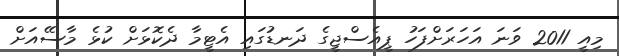
މިއީ 2011 ވަނަ އަހަރަށްފަހު ޕީއެސްޖީގެ ދަނޑުގައި އެޓީމާ ދެކޮޅަށް ކުޅެ މާސޭއަށް